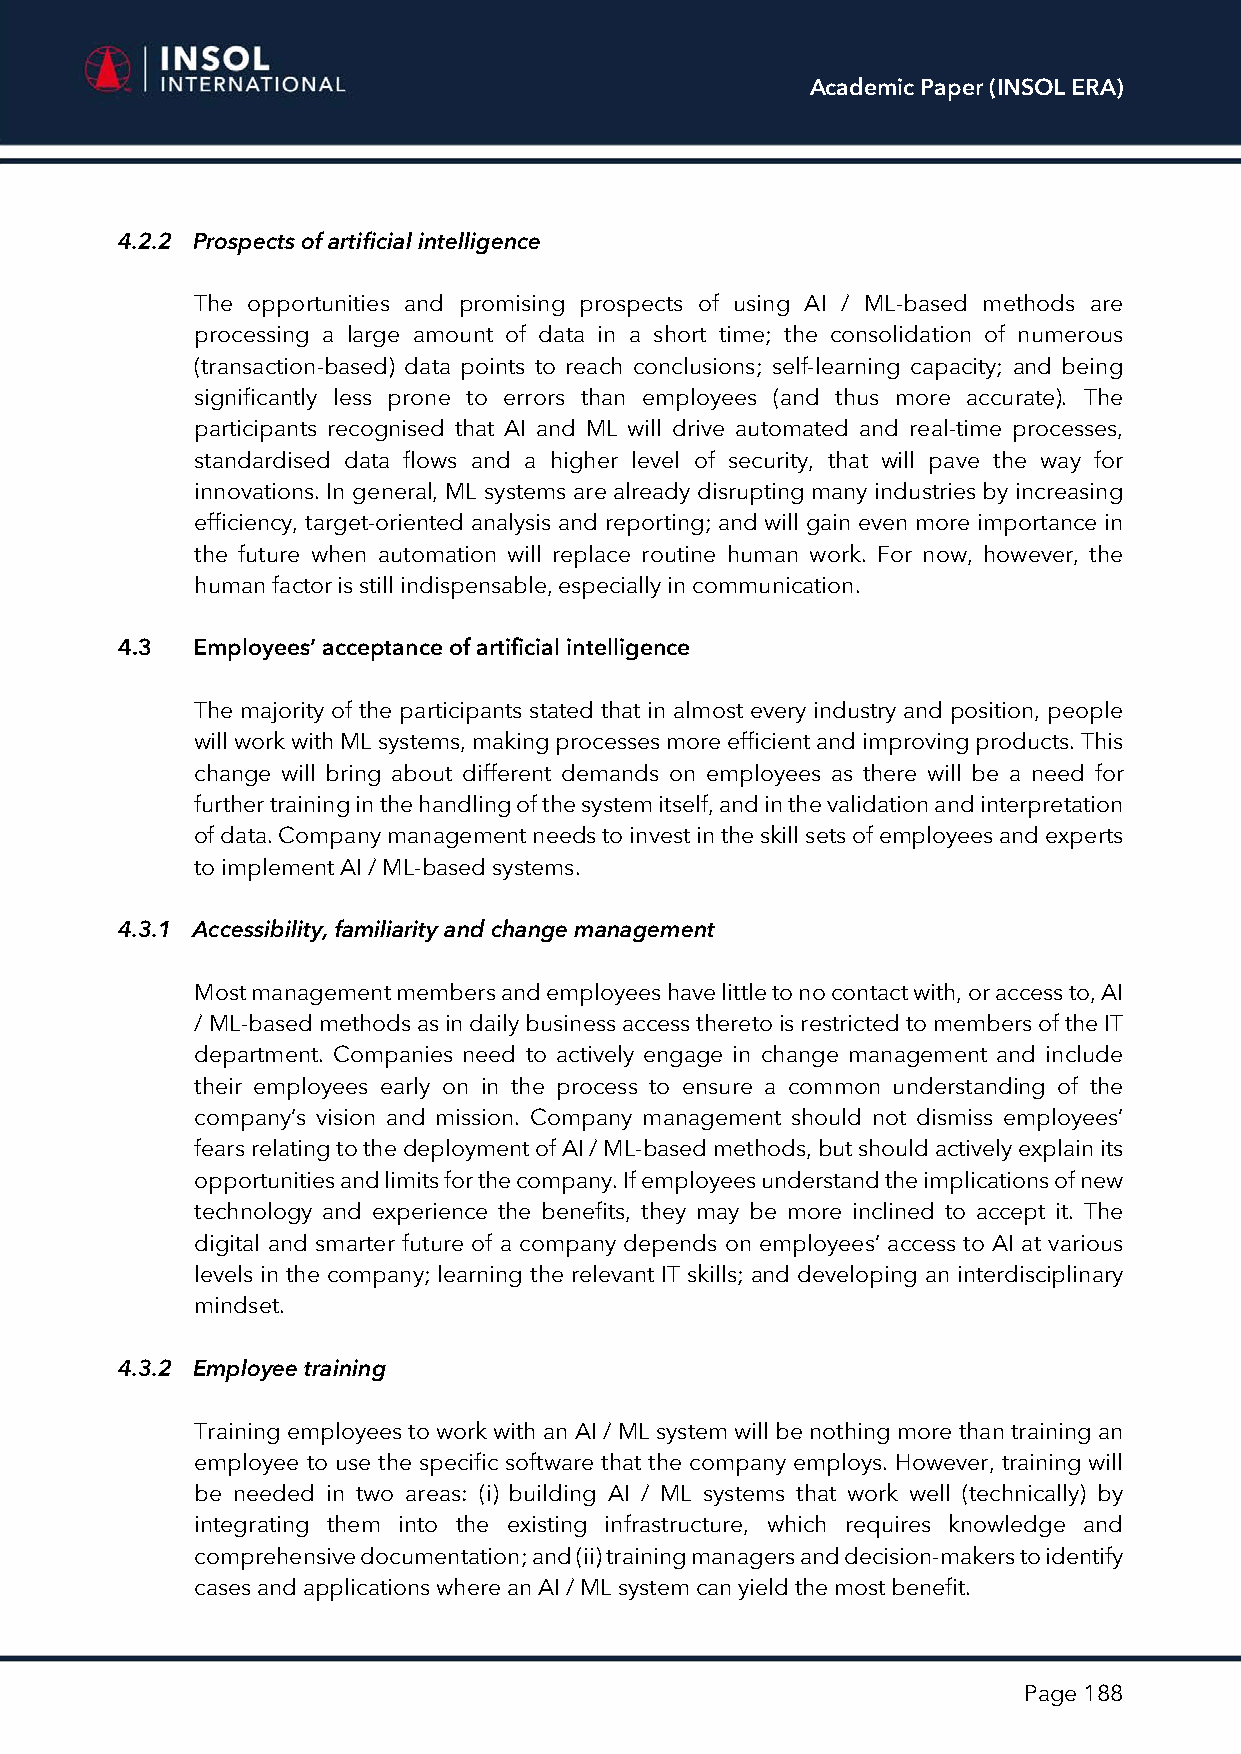
Academic Paper (INSOL ERA)
 4.2.2 Prospects of artificial intelligence
 The opportunities and promising prospects of using AI / ML-based methods are
 processing a large amount of data in a short time; the consolidation of numerous
 (transaction-based) data points to reach conclusions; self-learning capacity; and being
 significantly less prone to errors than employees (and thus more accurate). The
 participants recognised that AI and ML will drive automated and real-time processes,
 standardised data flows and a higher level of security, that will pave the way for
 innovations. In general, ML systems are already disrupting many industries by increasing
 efficiency, target-oriented analysis and reporting; and will gain even more importance in
 the future when automation will replace routine human work. For now, however, the
 human factor is still indispensable, especially in communication.
 4.3  Employees’ acceptance of artificial intelligence
 The majority of the participants stated that in almost every industry and position, people
 will work with ML systems, making processes more efficient and improving products. This
 change will bring about different demands on employees as there will be a need for
 further training in the handling of the system itself, and in the validation and interpretation
 of data. Company management needs to invest in the skill sets of employees and experts
 to implement AI / ML-based systems.
 4.3.1 Accessibility, familiarity and change management
 Most management members and employees have little to no contact with, or access to, AI
 / ML-based methods as in daily business access thereto is restricted to members of the IT
 department. Companies need to actively engage in change management and include
 their employees early on in the process to ensure a common understanding of the
 company’s vision and mission. Company management should not dismiss employees’
 fears relating to the deployment of AI / ML-based methods, but should actively explain its
 opportunities and limits for the company. If employees understand the implications of new
 technology and experience the benefits, they may be more inclined to accept it. The
 digital and smarter future of a company depends on employees’ access to AI at various
 levels in the company; learning the relevant IT skills; and developing an interdisciplinary
 mindset.
 4.3.2 Employee training
 Training employees to work with an AI / ML system will be nothing more than training an
 employee to use the specific software that the company employs. However, training will
 be needed in two areas: (i) building AI / ML systems that work well (technically) by
 integrating them into the existing infrastructure, which requires knowledge and
 comprehensive documentation; and (ii) training managers and decision-makers to identify
 cases and applications where an AI / ML system can yield the most benefit.
 Page 188